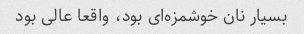
بسیار نان خوشمزه‌ای بود، واقعا عالی بود